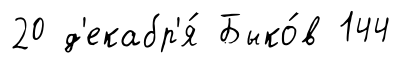
20 д'екабр'я́ Быко́в 144